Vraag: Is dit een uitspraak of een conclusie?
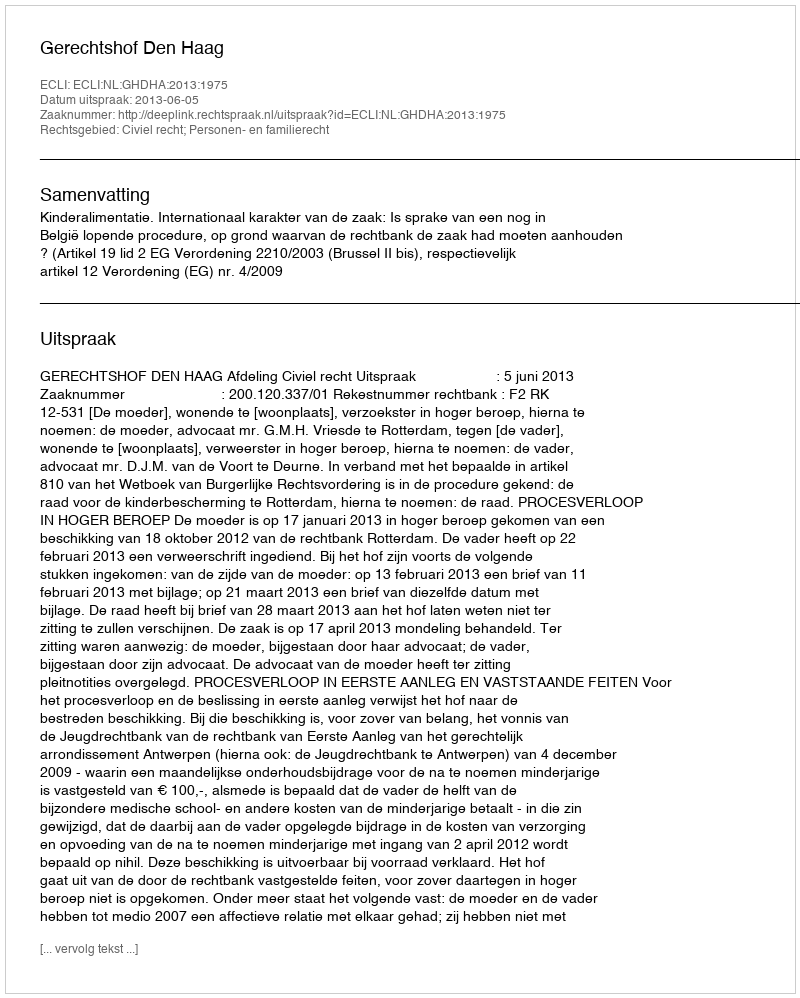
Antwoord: Uitspraak